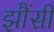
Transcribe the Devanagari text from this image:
झौंसी